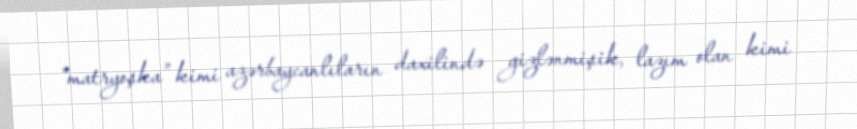
“matryoşka” kimi azərbaycanlıların daxilində gizlənmişik, lazım olan kimi